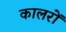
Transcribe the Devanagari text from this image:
कालरों